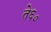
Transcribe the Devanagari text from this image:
ते६०